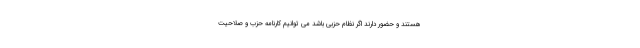
هستند و حضور دارند اگر نظام حزبی باشد می توانیم کارنامه حزب و صلاحیت